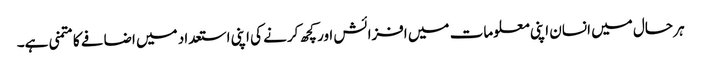
ہر حال میں انسان اپنی معلومات میں افزائش اور کچھ کرنے کی اپنی استعداد میں اضافے کا متمنی ہے۔